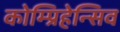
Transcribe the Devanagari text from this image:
कोम्प्रिहेन्सिव